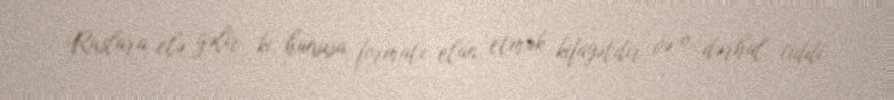
Ruslara elə gəlir ki, hansısa formatı elan etmək kifayətdir və o, dərhal ciddi